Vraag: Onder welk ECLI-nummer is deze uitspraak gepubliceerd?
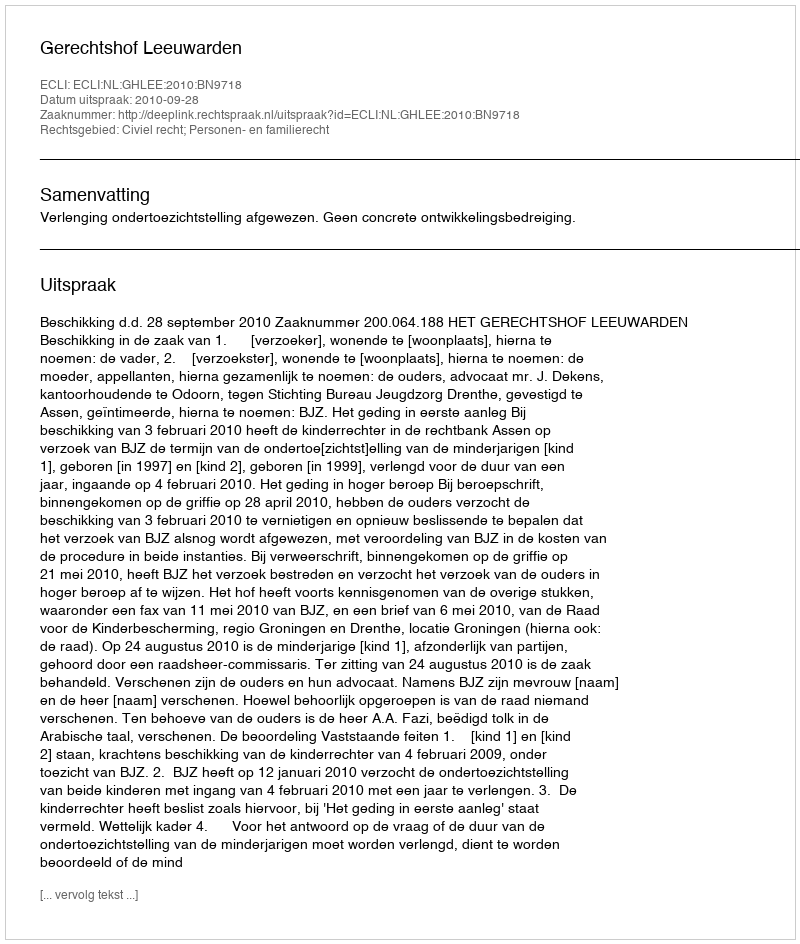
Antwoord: ECLI:NL:GHLEE:2010:BN9718